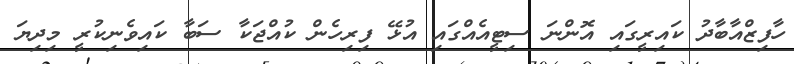
ހާފިޒްއާބާދު ކައިރީގައި އޮންނަ ސިޓީއެއްގައި އުޅޭ ފިރިހެން ކުއްޖަކާ ސަބާ ކައިވެނިކުރީ މިދިޔަ